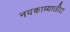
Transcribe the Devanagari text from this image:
नवकाव्यातील